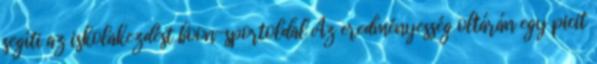
segíti az iskolakezdést boon-sportoldal Az eredményesség oltárán egy picit